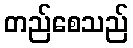
တည်စေသည်